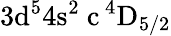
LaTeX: \mathrm{3d^{5}4s^{2}\ c\, ^{4}D_{5/2}}